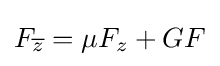
\displaystyle F_{\overline {z}}=\mu F_{z}+GF